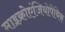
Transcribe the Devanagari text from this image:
माइक्रोएंजियोपैथिक